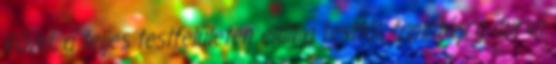
Rövid, a teljes testfelületen eláll a testtől, tapintásra durva